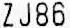
ZJ86